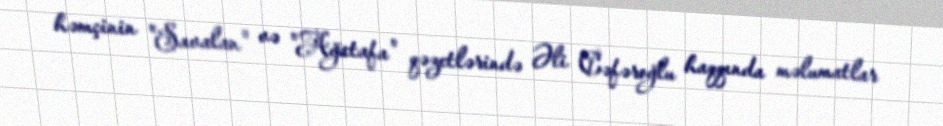
həmçinin "Savalan" və "Ağstafa" qəzetlərində Əli Cəfəroğlu haqqında məlumatlar